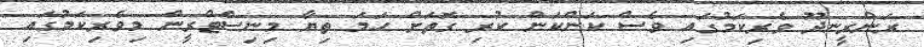
ރަންރީނދޫ ވެރިކަމުގައި ވެސް ކަންކަން ކުރި ގޮތަށް ހަމަ ތިޔާ މިނިސްޓްރީން މިވެރިކަމުގައި